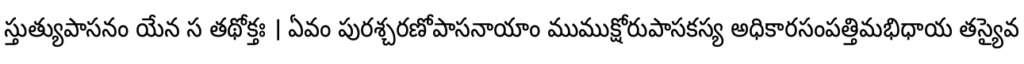
స్తుత్యుపాసనం యేన స తథోక్తః । ఏవం పురశ్చరణోపాసనాయాం ముముక్షోరుపాసకస్య అధికారసంపత్తిమభిధాయ తస్యైవ